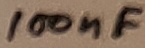
Text: 100nF